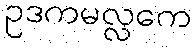
ဥဒကမလ္လကေ